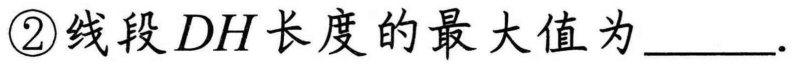
\textcircled{2}线段\(DH\)长度的最大值为\(\underline{\quad\quad}\).